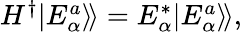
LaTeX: \begin{array}{r}{H^{\dagger}|E_{\alpha}^{a}\rangle\! \rangle=E_{\alpha}^{*}|E_{\alpha}^{a}\rangle\! \rangle,}\end{array}